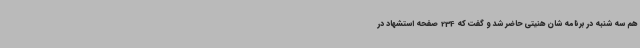
هم سه شنبه در برنامه شان هنیتی حاضر شد و گفت که 234 صفحه استشهاد در